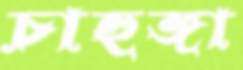
চাহুঙ্গা